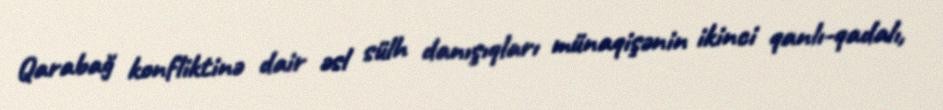
Qarabağ konfliktinə dair əsl sülh danışıqları münaqişənin ikinci qanlı-qadalı,